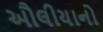
ઔલીયાનો